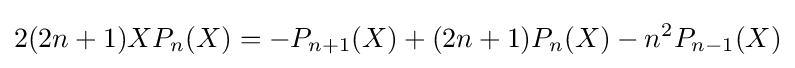
2(2n+1)XP_{n}(X)=-P_{n+1}(X)+(2n+1)P_{n}(X)-n^{2}P_{n-1}(X)